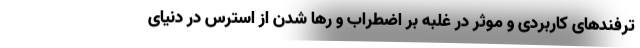
ترفندهای کاربردی و موثر در غلبه بر اضطراب و رها شدن از استرس در دنیای